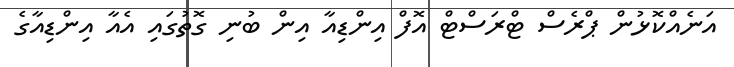
އަނެއްކޮޅުން ޕްރެސް ޓްރަސްޓް އޮފް އިންޑިއާ އިން ބުނި ގޮތުގައި އެއާ އިންޑިއާގެ